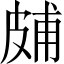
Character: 𤿭